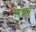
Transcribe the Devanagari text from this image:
गॉचर